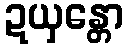
ဍယှန္တော